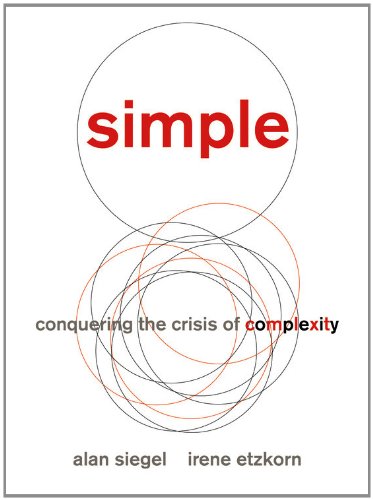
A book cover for Simple: Conquering the Crisis of Complexity; Alan Siegel; Health, Fitness & Dieting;